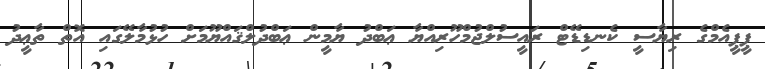
ޕީޕީއެމްގެ ރިޔާސީ ކެނޑިޑޭޓް ރައީސުލްޖުމްހޫރިއްޔާ ޢަބްދު ޔާމީން ޢަބްދުލްޤައްޔޫމަށް ހުޅުމާލޭގައި އޮތް ތާޢީދު